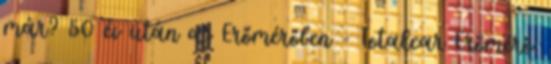
már? 50 év után az Erőmérőben - Totalcar Erőmérő: